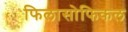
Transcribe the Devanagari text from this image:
फिलासोफिकल